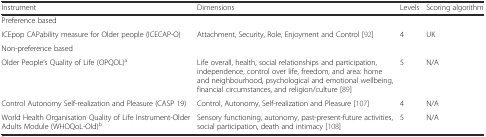
| Instrument | Dimensions | Levels | Scoring algorithm |
 | --- | --- | --- | --- |
 | <COLSPAN=4> Preference based |
 | ICEpop CAPability measure for Older people (ICECAP-O) | Attachment, Security, Role, Enjoyment and Control [92] | 4 | UK |
 | <COLSPAN=4> Non-preference based |
 | Older People’s Quality of Life (OPQOL)a | Life overall, health, social relationships and participation, independence, control over life, freedom, and area: home and neighbourhood, psychological and emotional wellbeing, financial circumstances, and religion/culture [89] | 5 | N/A |
 | Control Autonomy Self-realization and Pleasure (CASP 19) | Control, Autonomy, Self-realization and Pleasure [107] | 4 | N/A |
 | World Health Organisation Quality of Life Instrument-Older Adults Module (WHOQoL-Old)b | Sensory functioning, autonomy, past-present-future activities, social participation, death and intimacy [108] | 5 | N/A |